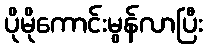
ပိုမိုကောင်းမွန်လာပြီး